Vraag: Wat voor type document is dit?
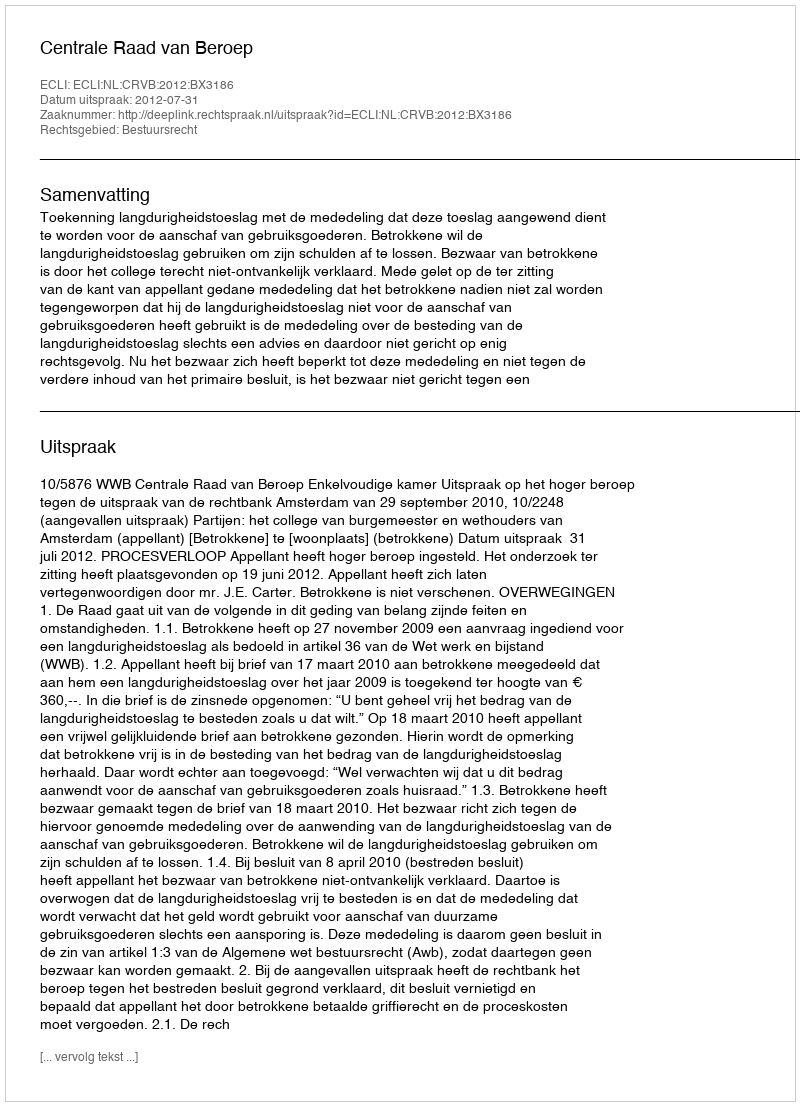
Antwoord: Uitspraak